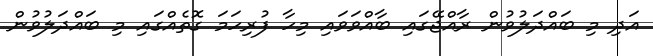
އަދި މި ބައްދަލުވުން ރާއްޖޭގައި ބާއްވަވައި މިހާ ފުރިހަމަ ގޮތެއްގައި މި ބައްދަލުވުން